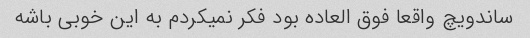
ساندویچ واقعا فوق العاده بود فکر نمیکردم به این خوبی باشه